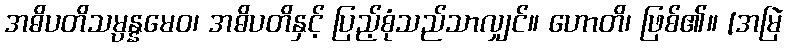
အဓိပတိသမ္ပန္နမေဝ၊ အဓိပတိနှင့် ပြည့်စုံသည်သာလျှင်။ ဟောတိ၊ ဖြစ်၏။ [အမြဲ